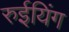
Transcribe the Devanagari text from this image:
रुईयिंग